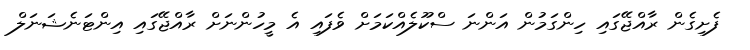
ފެށިގެން ރާއްޖޭގައި ހިންގަމުން އަންނަ ސްކޫލެއްކަމަށް ވެފައި އެ މީހުންނަށް ރާއްޖޭގައި އިންޓަނެޝަނަލް